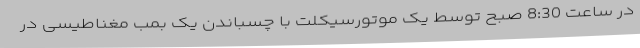
در ساعت 8:30 صبح توسط یک موتورسیکلت با چسباندن یک بمب مغناطیسی در